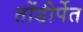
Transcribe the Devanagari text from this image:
तोंडीर्पेत